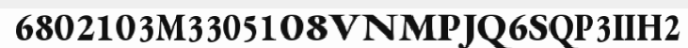
6802103M3305108VNMPJQ6SQP3IIH2